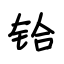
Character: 铪